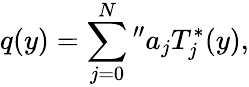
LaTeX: q(y)=\sum_{j=0}^{N}{}^{\prime\prime}a_{j}T_{j}^{*}(y),